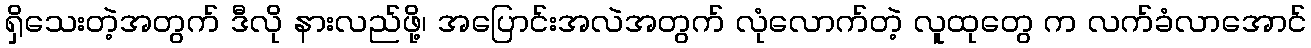
ရှိသေးတဲ့အတွက် ဒီလို နားလည်ဖို့၊ အပြောင်းအလဲအတွက် လုံလောက်တဲ့ လူထုတွေ က လက်ခံလာအောင်